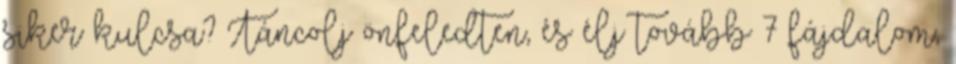
siker kulcsa? Táncolj önfeledten, és élj tovább 7 fájdalom,